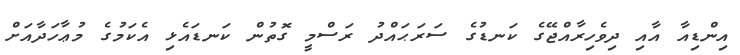
އިންޑިއާ އާއި ދިވެހިރާއްޖޭގެ ކަނޑުގެ ސަރަޙައްދު ރަސްމީ ގޮތުން ކަނޑައެޅި އެކަމުގެ މުޢާހަދާއަށް